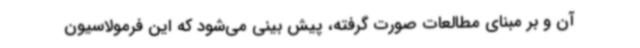
آن و بر مبنای مطالعات صورت گرفته، پیش بینی می‌شود که این فرمولاسیون